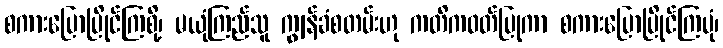
စကားပြောပြိုင်ကြစို့၊ မယုံကြည်သူ ကျွန်ခံစတမ်းဟု ကတိကဝတ်ပြုကာ စကားပြောပြိုင်ကြပုံ၊